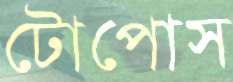
টোপোস